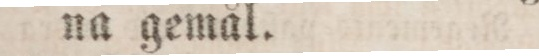
na gemål.